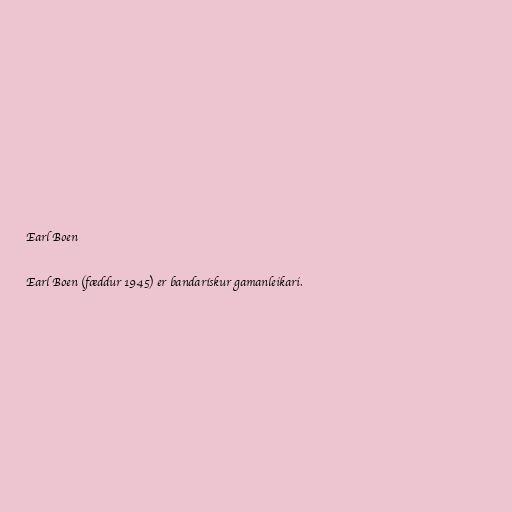
Earl Boen

Earl Boen (fæddur 1945) er bandarískur gamanleikari.